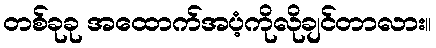
တစ်ခုခု အထောက်အပံ့ကိုလိုချင်တာလား။